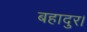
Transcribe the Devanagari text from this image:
बहादुर।